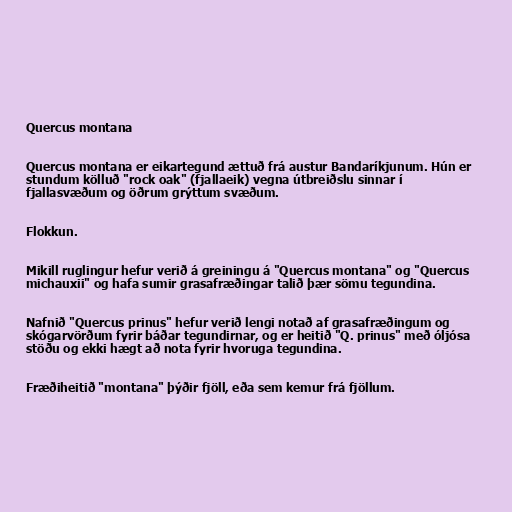
Quercus montana

Quercus montana er eikartegund ættuð frá austur Bandaríkjunum. Hún er
stundum kölluð "rock oak" (fjallaeik) vegna útbreiðslu sinnar í
fjallasvæðum og öðrum grýttum svæðum.

Flokkun.

Mikill ruglingur hefur verið á greiningu á "Quercus montana" og "Quercus
michauxii" og hafa sumir grasafræðingar talið þær sömu tegundina.

Nafnið "Quercus prinus" hefur verið lengi notað af grasafræðingum og
skógarvörðum fyrir báðar tegundirnar, og er heitið "Q. prinus" með óljósa
stöðu og ekki hægt að nota fyrir hvoruga tegundina.

Fræðiheitið "montana" þýðir fjöll, eða sem kemur frá fjöllum.